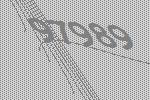
97989